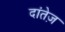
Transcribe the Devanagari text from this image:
दांतेज़